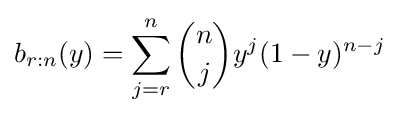
b_{r:n}(y)=\sum _{j=r}^{n}{\binom {n}{j}}y^{j}(1-y)^{n-j}